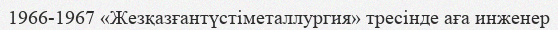
1966-1967 «Жезқазғантүстіметаллургия» тресінде аға инженер